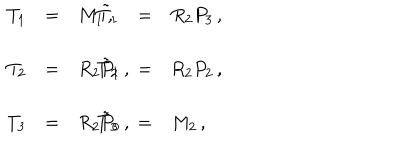
\begin{array} { r c l r c l } { { T _ { 1 } } } & { { = } } & { { M _ { 1 } \, , \hspace { 1 c m } } } & { { \tilde { T } _ { 1 } } } & { { = } } & { { R _ { 2 } P _ { 3 } \, , } } \\ { { } } & { { } } & { { } } & { { } } & { { } } & { { } } \\ { { T _ { 2 } } } & { { = } } & { { R _ { 2 } P _ { 1 } \, , \hspace { 1 c m } } } & { { \tilde { T } _ { 2 } } } & { { = } } & { { R _ { 2 } P _ { 2 } \, , } } \\ { { } } & { { } } & { { } } & { { } } & { { } } & { { } } \\ { { T _ { 3 } } } & { { = } } & { { R _ { 2 } P _ { 0 } \, , \hspace { 1 c m } } } & { { \tilde { T } _ { 3 } } } & { { = } } & { { M _ { 2 } \, , } } \\ \end{array}